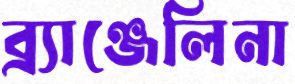
ব্র্যাঞ্জেলিনা